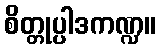
စိတ္တုပ္ပါဒကဏ္ဍ။